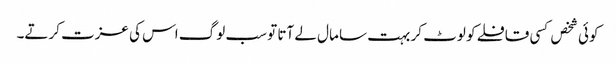
کوئی شخص کسی قافلے کو لوٹ کر بہت سا مال لے آتا تو سب لوگ اس کی عزت کرتے۔